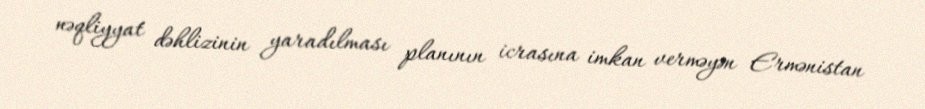
nəqliyyat dəhlizinin yaradılması planının icrasına imkan verməyən Ermənistan